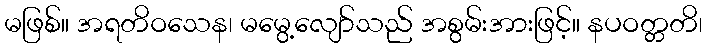
မဖြစ်။ အရတိဝသေန၊ မမွေ့လျော်သည် အစွမ်းအားဖြင့်။ နပဝတ္တတိ၊